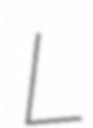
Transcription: L